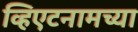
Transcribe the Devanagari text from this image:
व्हिएटनामच्या